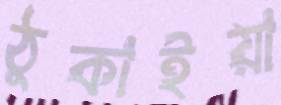
ঠুকাইয়া